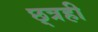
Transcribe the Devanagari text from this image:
छ्त्रही